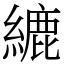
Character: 䌒